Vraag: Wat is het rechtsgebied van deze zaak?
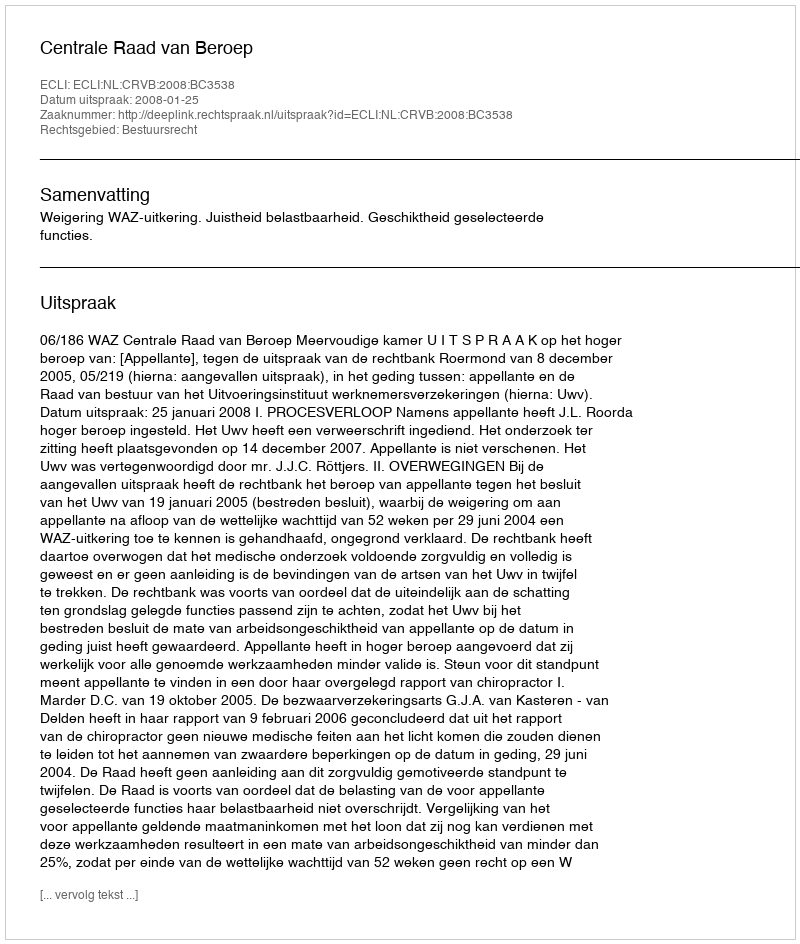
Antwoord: Bestuursrecht